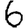
Digit: 6